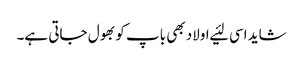
شاید اسی لئیے اولاد بھی باپ کو بھول جاتی ہے۔